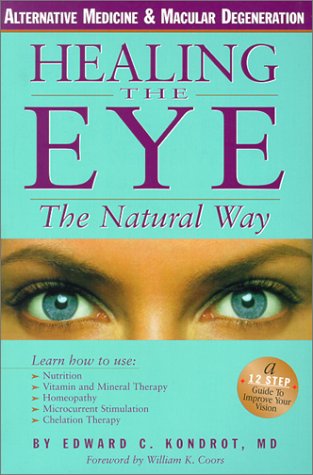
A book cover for Healing the Eye the Natural Way; Edward C. Kondrot MD; Health, Fitness & Dieting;